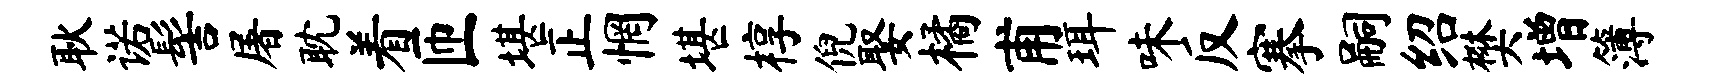
耿诺髻屠耽着匝堪正惘堪椁倪娶橘甫珥味反搴嗣绍樊增簿